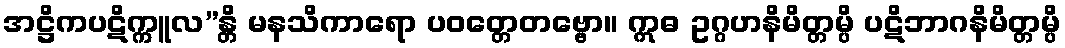
အဋ္ဌိကပဋိက္ကူလ”န္တိ မနသိကာရော ပဝတ္တေတဗ္ဗော။ ဣဓ ဥဂ္ဂဟနိမိတ္တမ္ပိ ပဋိဘာဂနိမိတ္တမ္ပိ